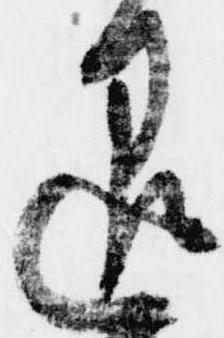
退